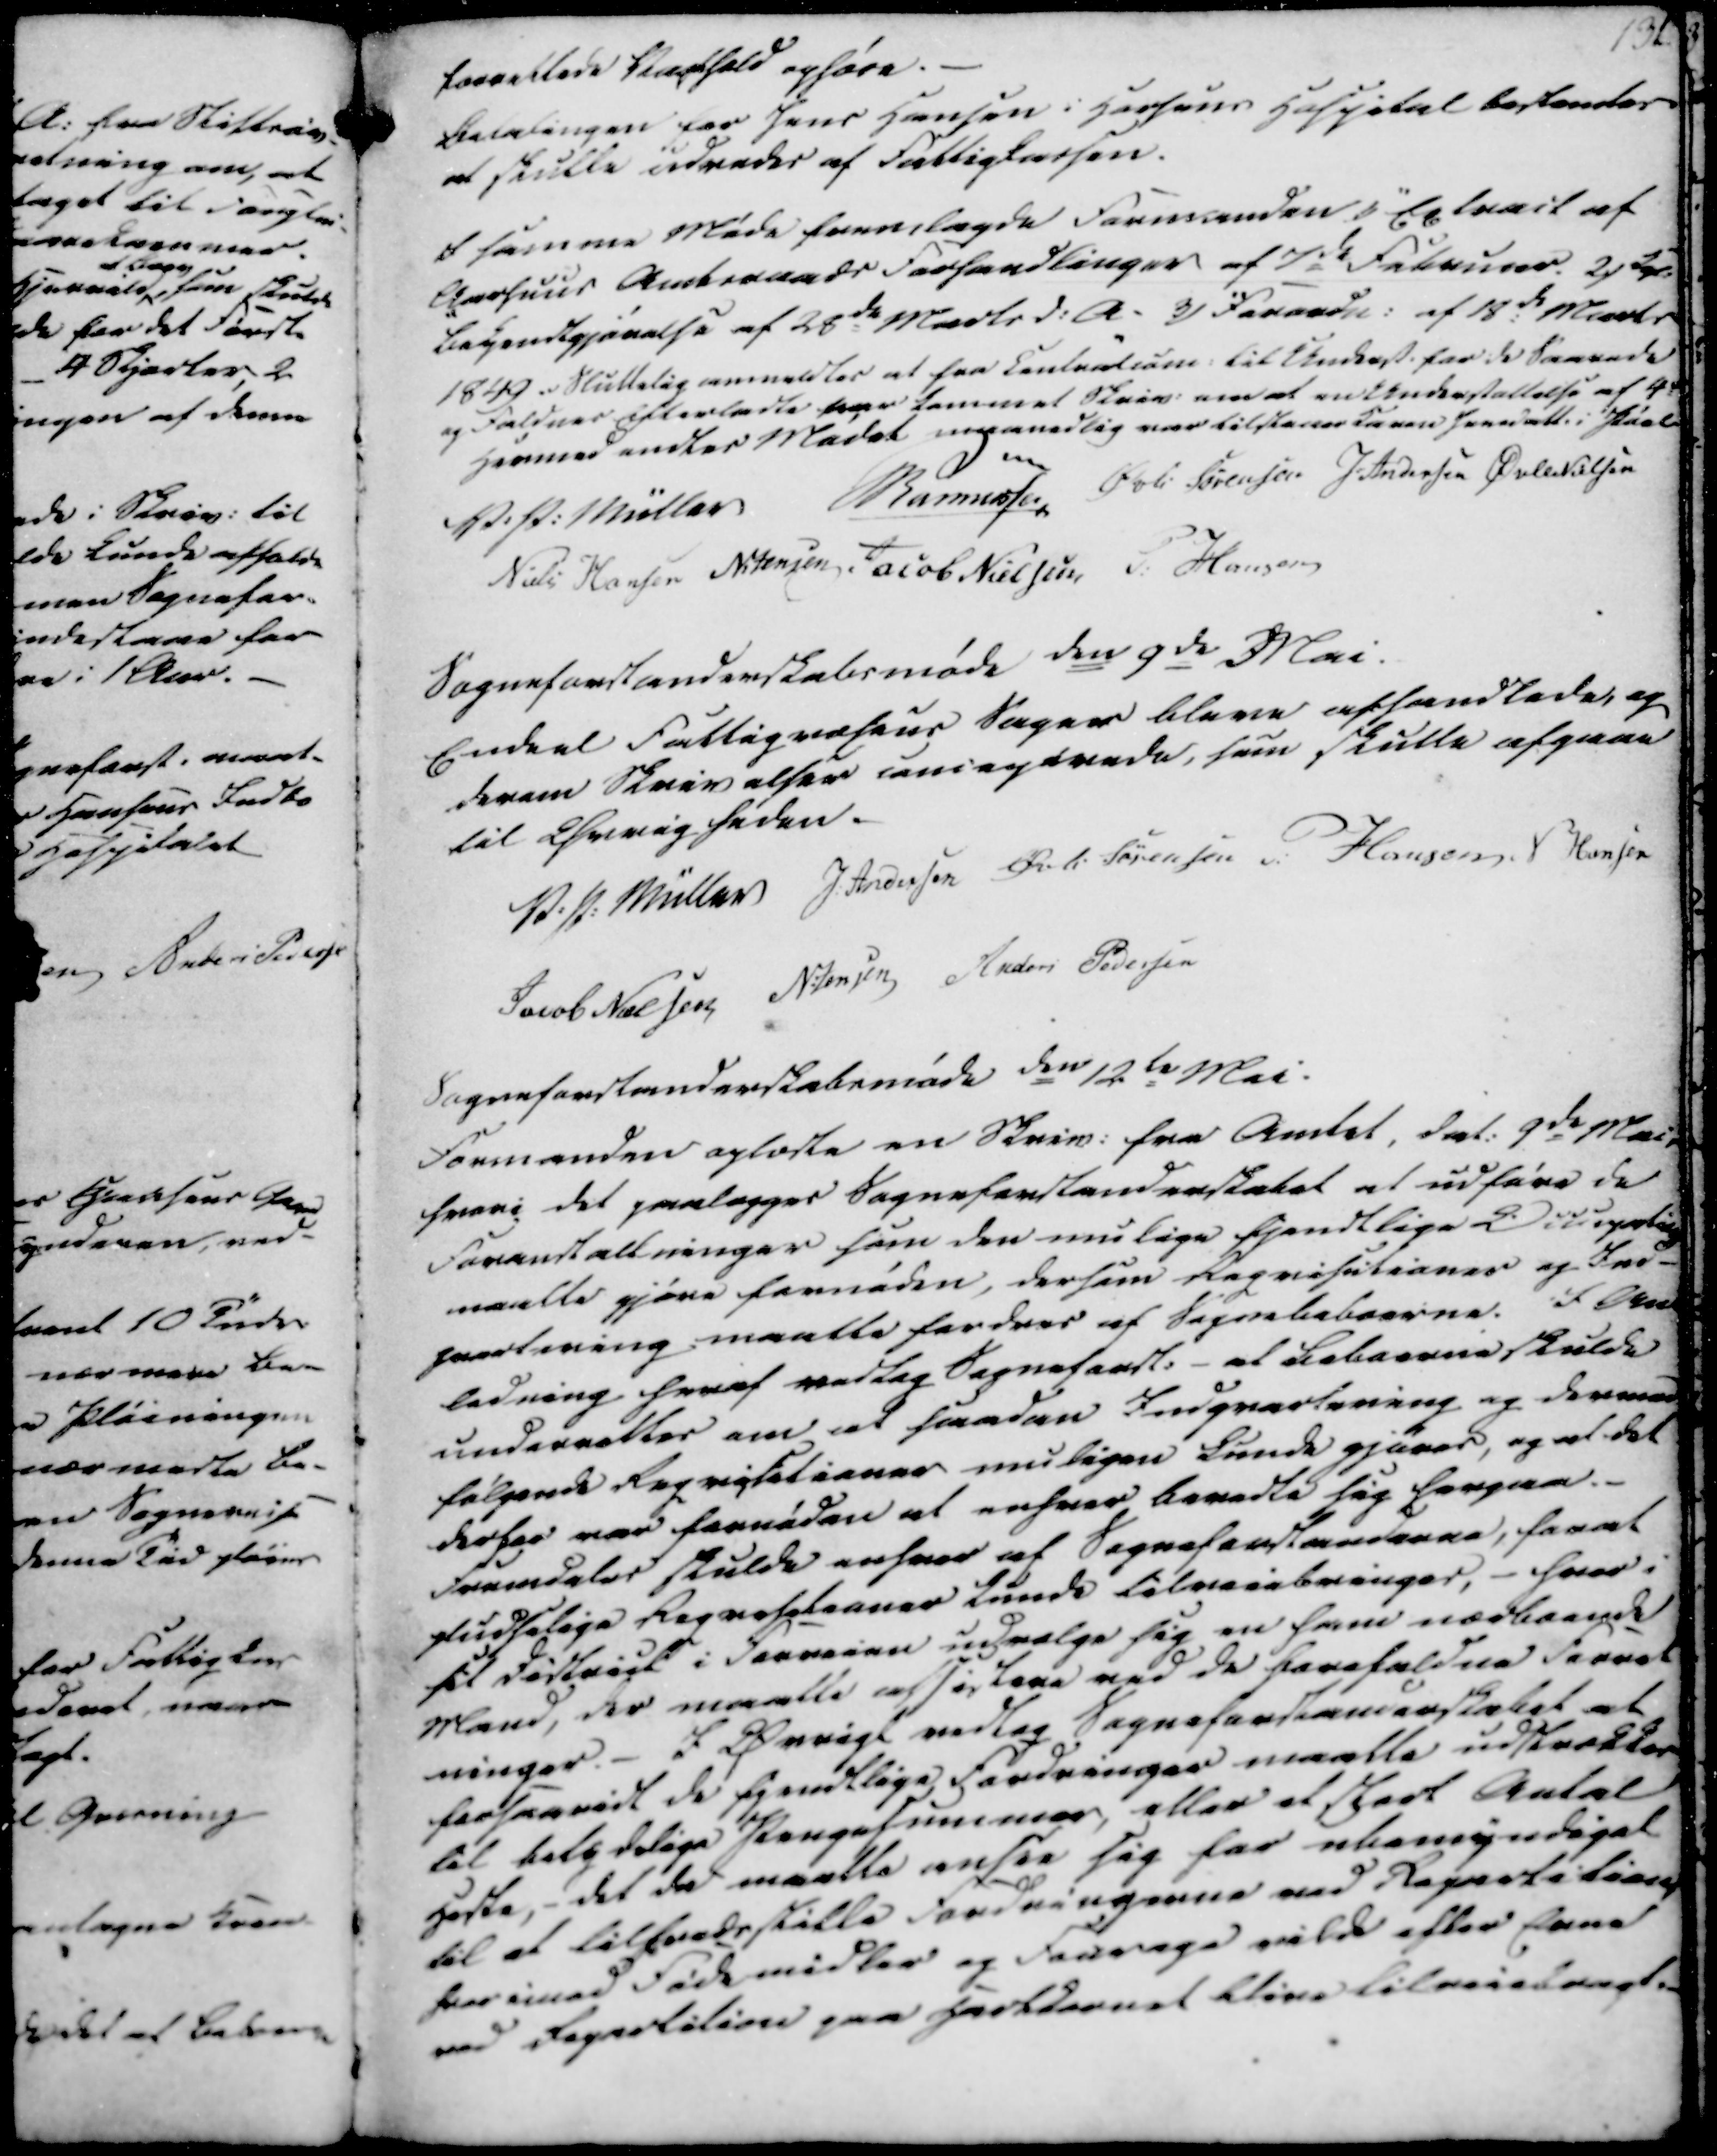
Transskription:
forrettede Vagthold ophøre.
Betalingen for Jens Hansen i Horsens Hospital bestemtes
at skulle udredes af Fattigkassen.
I samme Møde fremlagde Formanden 1) Extract af
Aarhuus Amtsraads Forhandlinger af 7de Februar. 2) Kgl.
Bekjendtgjørelse af 28de Marts d.A. 3) Forordn. af 18de Marts
1849. Sluttelig anmeldtes at fra Contracten til Undersk. for de Saarede
og Faldnes Efterladte var kommet Skriv. om at en Understøttelse af 4 rd
maanedlig var tilstaaes Karen Jensdatt. i Pøel.
Hermed endtes Mødet

V. P. Müller
Rasmussen
Øvli Sørensen
J. Andersen
Øvle Nielsen
Niels Hansen
N. Jensen
Jacob Nielsen
P. Hansen

Sogneforstanderskabsmøde den 9de Mai.
Endeel Fattigvæsens Sager bleve afhandlede, og
derom Skrivelser concegtrede, som skulle afgaae
til Øvrigheden.

V. P. Müller
J. Andersen
Øvli Sørensen
P. Hansen
S Hansen
Jacob Nielsen
N. Jensen
Anders Pedersen

Sogneforstanderskabsmøde den 12te Mai.
Formanden oplæste en Skriv. fra Amtet, dat. 9de Mai,
hvori det paalægges Sogneforstanderskabet at udføre de
Foranstaltninger som den mulige fjendtlige Oiuegeting
maatte gjøre fornøden, dersom Reqvisitioner og Ind-
qvatering maatte fordres af Sognebeboerne. I An-
ledning heraf vedtog Sogneforst. - at Beboerne skulde
underrettes om at saadan Indqvartering og dermed
følgende Reqvisitioner muligen kunde gjøres, og at det
derfor var fornøden at enhver beredte sig herpaa.
Fremdeles skulde enhver af Sogneforstanderne, forat
pludselige Reqvisitioner kunde tilveiebringes, - hver i
sit District i Forveien udvælge sig en ham nærboende
Mand, der maatte assistere ved de forefaldne Forret
ninger. - I Øvrigt vedtog Sogneforstanderskabet at
forsaavidt de fjendtlige Fordringer maatte udstrækkes
til betydelige Pengesummer, eller et stort Antal
Heste, - det de maatte ansee sig for ubemyndiget
til at tilfredsstille Fordringerne ved Repartitionen
hvor imod Fødemidler og Fourage vilde efter Evne
ved Repartition paa Hartkornet blive tilveiebragt.